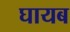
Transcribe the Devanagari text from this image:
घायब